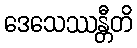
ဒေသေဿန္တီတိ